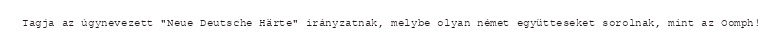
Tagja az úgynevezett "Neue Deutsche Härte" irányzatnak, melybe olyan német együtteseket sorolnak, mint az Oomph!